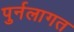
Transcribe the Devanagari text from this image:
पुर्नलागत